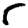
Digit: 5